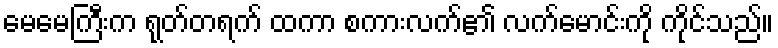
မေမေကြီးက ရုတ်တရက် ထကာ စကားလက်၏ လက်မောင်းကို ကိုင်သည်။